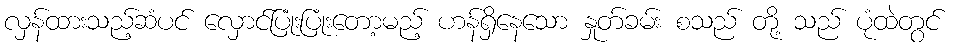
လှန်ထားသည့်ဆံပင် လှောင်ပြုံးပြုံးတော့မည့် ဟန်ရှိနေသော နှုတ်ခမ်း စသည် တို့ သည် ပုံထဲတွင်